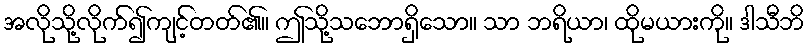
အလိုသို့လိုက်၍ကျင့်တတ်၏။ ဤသို့သဘောရှိသော။ သာ ဘရိယာ၊ ထိုမယားကို။ ဒါသီဘိ